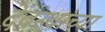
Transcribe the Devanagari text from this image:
देवस्थांच्या